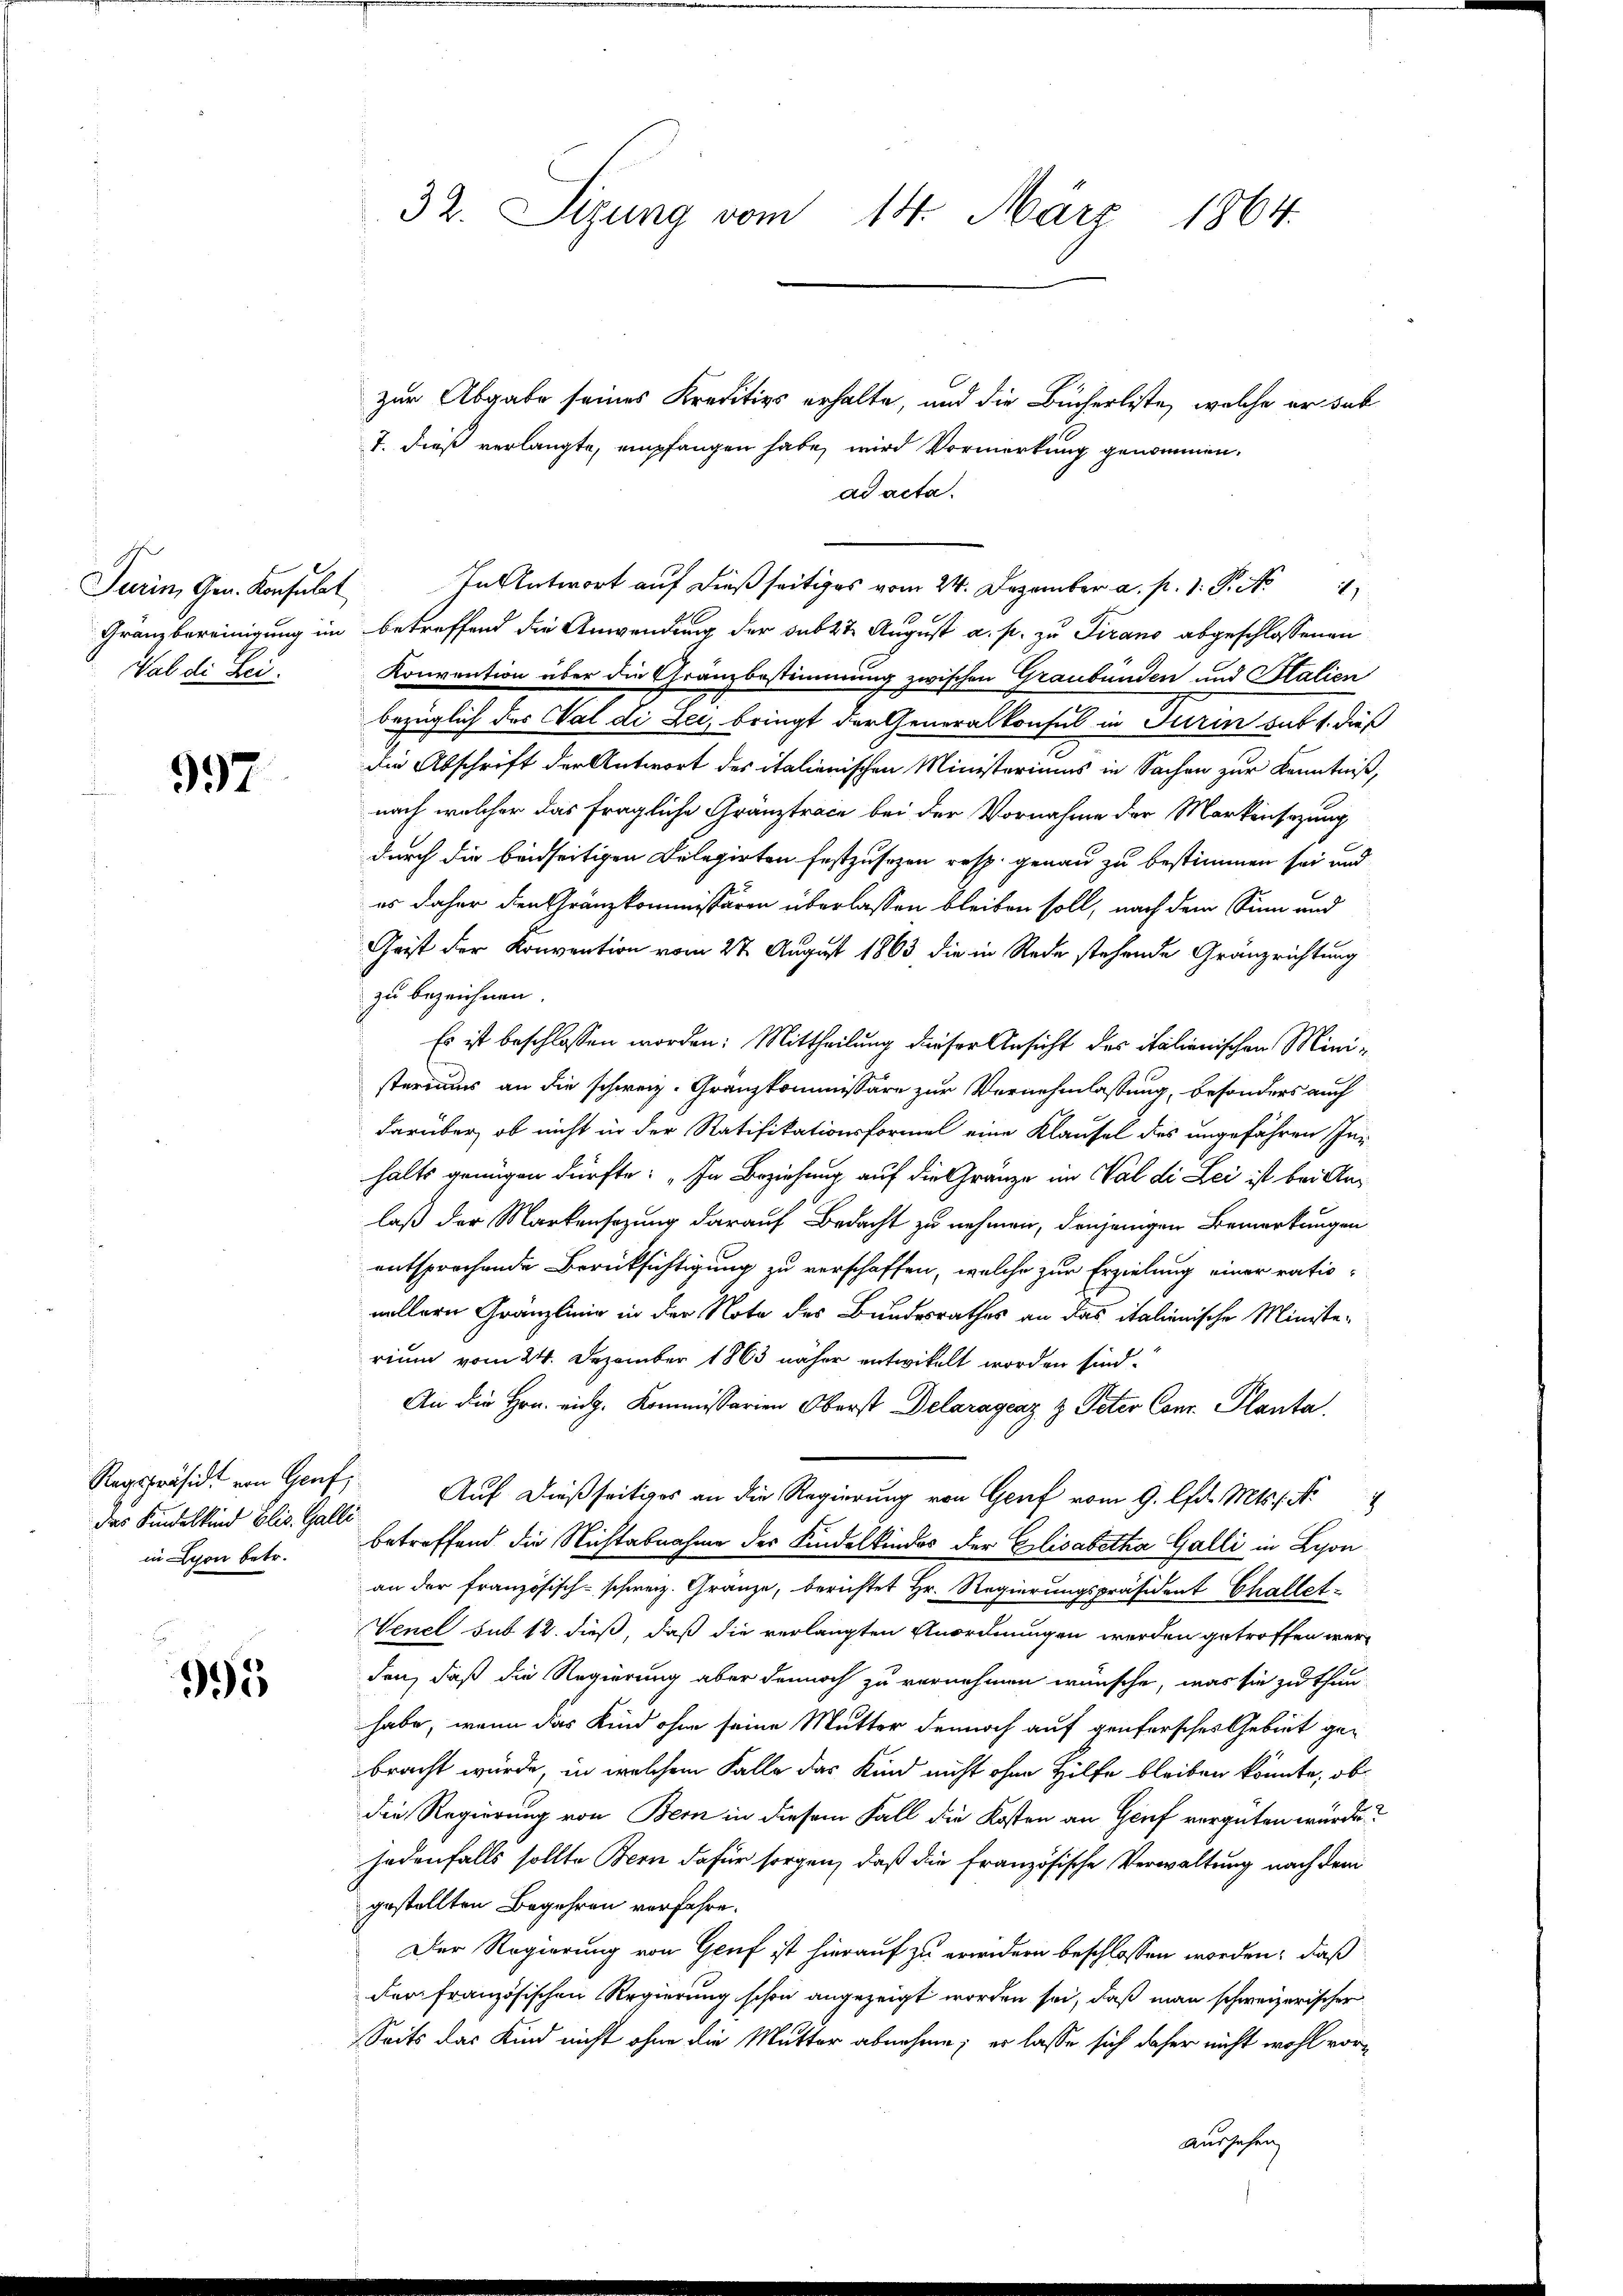
Turin, Gen. Konsulat
Wal die Zei

997

995

das Kindelkind Elis. Galli
in Lyon betr.

32. Sizung vom 14. März 1864.

zur Abgabe seines Kreditivs erhalte, und die Bücherliste, welche er sub

T. dieß verlangte, empfangen habe, wird Vormerkung genommen.
ad acta.
In Antwort auf dießseitiges vom 24. Dezember a. p. 1. P. N
Gränzbereinigung im betreffend die Anwendung der Subst August a. p. zu Tirano abgeschlossenen
Konvention über die Gränzbestimmung zwischen Graubünden und Stalien
bezüglich des Wal di Lei, bringt der Generalkonsul in Turin sub 1. dies
die Abschrift der Antwort des italienischen Ministeriums in Sachen zur Kenntniß,
nach welcher das fragliche Gränztrace bei der Vornahme der Markensatzung
durch die beidseitigen Delegirten festzusezen resp. genau zu bestimmen sei und
es daher den Gränzkommissären überlassen bleiben soll, nach dem Sinn und
Geist der Konvention vom 27. August 1863 die in Rede stehende Gränzrichtung
zu bezeichnen.
Es ist beschlossen worden: Mittheilung dieser Ansicht des italienischen Ministeriums an die schweiz. Granzkommissäre zur Vernehmlassung, besonders auch
darüber, ob nicht in der Ratifikationsformel eine Klausel des ungeführen Inhalts genügen dürfte: „In Beziehung auf die Gränze im Val di Lei ist bei Anlaß der Markensezung darauf Bedacht zu nehmen, denjenigen Bemerkungen
entsprochende Berücksichtigung zu verschaffen, welche zur Erzielung einer rationellern Gränzlinie in der Note des Bundesrathes an das italienische Ministerium vom 24. Dezember 1863 näher entwickelt worden sind.
An die Hrn. eidg. Kommissarien Oberst Delaragenz & Peter Conr. Planta
Regspräsid. von Genf, Auf dießseitiges an die Regierung von Genf vom 9. lfd. Mts. 1. No
betreffend die Nichtabnahme der Kindelkindos der Elisabetha Galli in Lyon
an der französisch-schweiz. Gränze, berichtet Hr. Regierungspräsident Challet¬
Venel sub 12. dieß, daß die verlangten Anordnungen werden getroffen werd
den, daß die Regierung aber dennoch zu vernehmen wünsche, was sie zu thun
habe, wenn das Kind ohne seine Mutter dennoch auf genfersches Gebiet gebracht wurde, in welchem Falle das Kind nicht ohne Hilfe bleiben könnte, ob
die Regierung von Bern in diesem Fall die Kosten an Genf vergüten würde?
jedenfalls sollte Bern dafür sorgen, daß die französische Verwaltung nach dem
gestellten Begehren verfahre.
Der Regierung von Genf ist hierauf zu erwidern beschlossen worden; daß
der französischen Regierung schon angezeigt worden sei, daß man schweizerischer
Seits das Kind nicht ohne die Mutter abnehme; er lasse sich daher nicht wohl voraussehen,